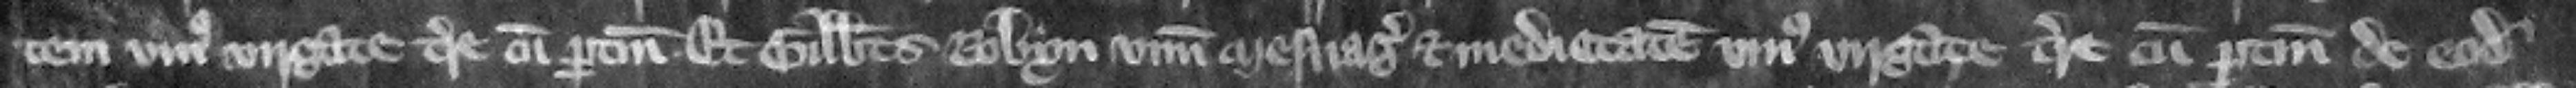
tem vnius virgate terre cum pertinenciis et Gilbertus Robyn num mesuagium et medietatem vnius virgate terre cum pertinenciis de eodem